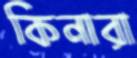
কিনারা